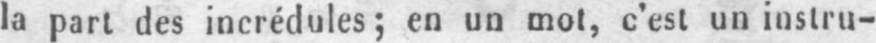
la part des incrédules; en un mol, c’est un instru-